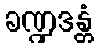
ခဏ္ဍဒန္တံ